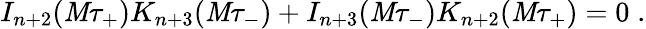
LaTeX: I_{n+2}(\mathit{M}\tau_{+})K_{n+3}(\mathit{M}\tau_{-})+I_{n+3}(\mathit{M}\tau_{-})K_{n+2}(\mathit{M}\tau_{+})=0\; .